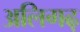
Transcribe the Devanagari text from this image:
अलिगढ़